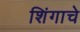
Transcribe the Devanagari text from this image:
शिंगाचे